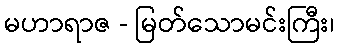
မဟာရာဇ - မြတ်သောမင်းကြီး၊